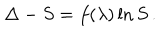
\Delta - S = f ( \lambda ) \ln S \, .